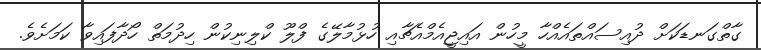
ގާތްގަނޑަކަށް ދުއިސައްތައެއްހާ މީހުން އައިޖީއެމްއެޗާއި ހުޅުމާލޭގެ ފްލޫ ކްލިނިކުން ހިދުމަތް ހޯދާފައިވާ ކަމަށެވެ.